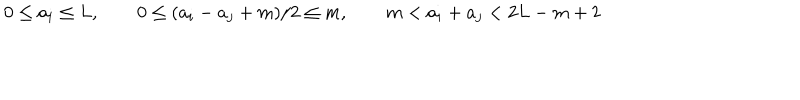
0 \le a _ { i } \le L , \qquad 0 \le ( a _ { i } - a _ { j } + m ) / 2 \le m , \qquad m < a _ { i } + a _ { j } < 2 L - m + 2